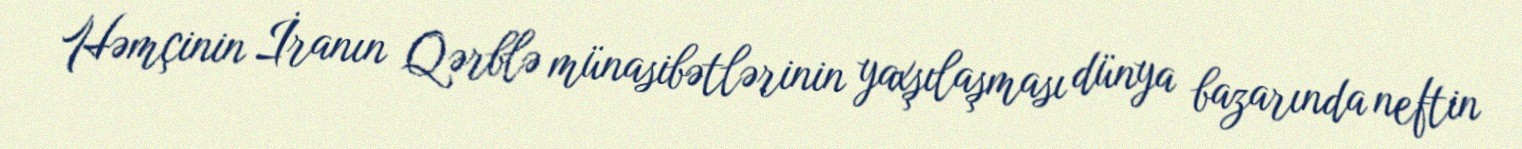
Həmçinin İranın Qərblə münasibətlərinin yaxşılaşması dünya bazarında neftin